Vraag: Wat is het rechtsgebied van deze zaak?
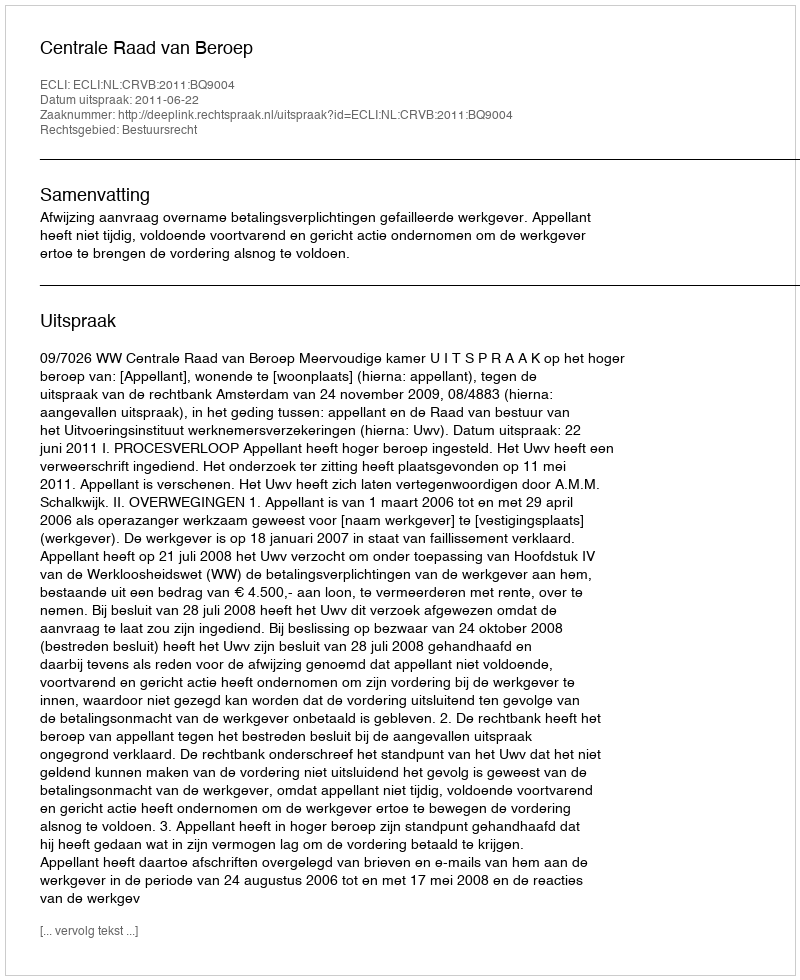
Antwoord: Bestuursrecht